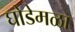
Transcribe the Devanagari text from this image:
घोडेमळा